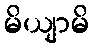
မိယျာမိ